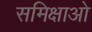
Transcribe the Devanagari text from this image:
समिक्षाओ